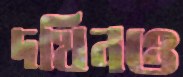
দখিনও